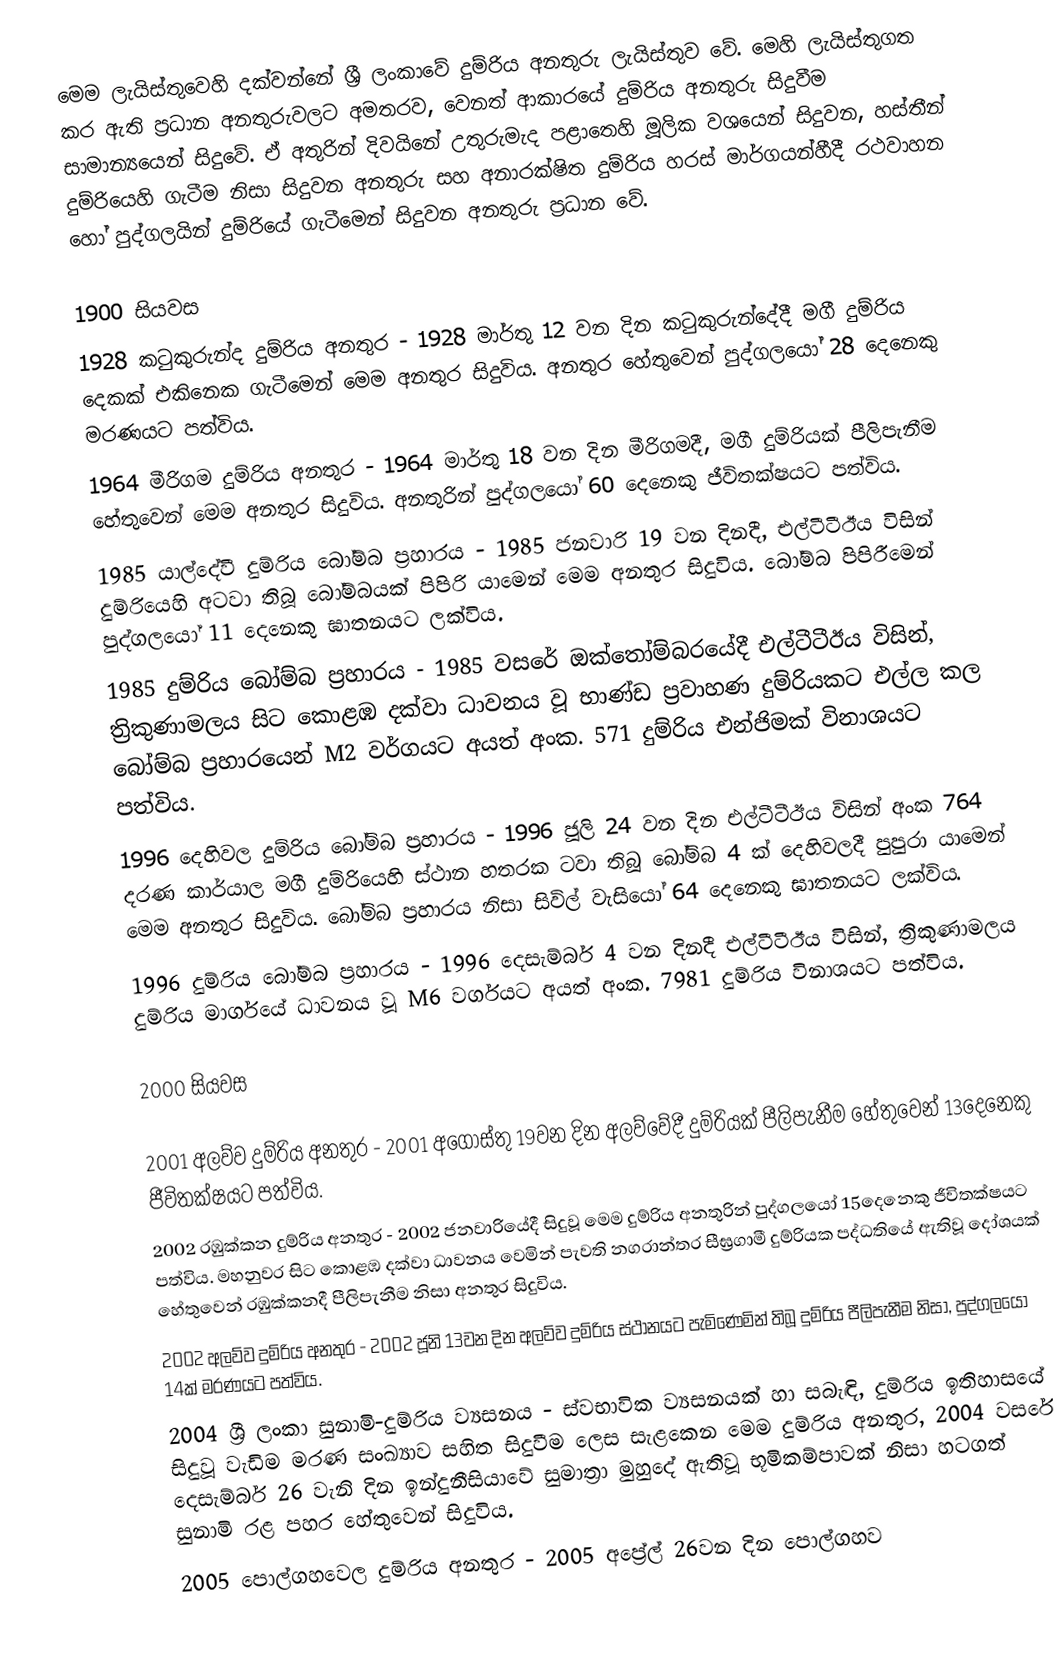
මෙම ලැයිස්තුවෙහි දක්වන්නේ ශ්‍රී ලංකාවේ දුම්රිය අනතුරු ලැයිස්තුව වේ. මෙහි ලැයිස්තුගත කර ඇති ප්‍රධාන අනතුරුවලට අමතරව, වෙනත් ආකාරයේ දුම්රිය අනතුරු සිදුවීම සාමාන්‍යයෙන් සිදුවේ. ඒ අතුරින් දිවයිනේ උතුරුමැද පළාතෙහි මූලික වශයෙන් සිදුවන, හස්තීන් දුම්රියෙහි ගැටීම නිසා සිදුවන අනතුරු සහ අනාරක්ෂිත දුම්රිය හරස් මාර්ගයන්හීදී රථවාහන හෝ පුද්ගලයින් දුම්රියේ ගැටීමෙන් සිදුවන අනතුරු ප්‍රධාන වේ.

1900 සියවස
 1928 කටුකුරුන්ද දුම්රිය අනතුර - 1928 මාර්තු 12 වන දින කටුකුරුන්දේදී මගී දුම්රිය දෙකක් එකිනෙක ගැටීමෙන් මෙම අනතුර සිදුවිය. අනතුර හේතුවෙන් පුද්ගලයෝ 28 දෙනෙකු මරණයට පත්විය.
 1964 මීරිගම දුම්රිය අනතුර - 1964 මාර්තු 18 වන දින මීරිගමදී, මගී දුම්රියක් පීලිපැනීම හේතුවෙන් මෙම අනතුර සිදුවිය. අනතුරින් පුද්ගලයෝ 60 දෙනෙකු ජීවිතක්ෂයට පත්විය.
 1985 යාල්දේවී දුම්රිය බෝම්බ ප්‍රහාරය - 1985 ජනවාරි 19 වන දිනදී, එල්ටීටීඊය විසින් දුම්රියෙහි අටවා තිබූ බෝම්බයක් පිපිරි යාමෙන් මෙම අනතුර සිදුවිය. බෝම්බ පිපිරීමෙන් පුද්ගලයෝ 11 දෙනෙකු ඝාතනයට ලක්විය.
 1985 දුම්රිය බෝම්බ ප්‍රහාරය - 1985 වසරේ ඔක්තෝම්බරයේදී එල්ටීටීඊය විසින්, ත්‍රිකුණාමලය සිට කොළඹ දක්වා ධාවනය වූ භාණ්ඩ ප්‍රවාහණ දුම්රියකට එල්ල කල බෝම්බ ප්‍රහාරයෙන් M2 වර්ගයට අයත් අංක. 571 දුම්රිය එන්ජිමක් විනාශයට පත්විය.
 1996 දෙහිවල දුම්රිය බෝම්බ ප්‍රහාරය - 1996 ජූලි 24 වන දින එල්ටීටීඊය විසින් අංක 764 දරණ කාර්යාල මගී දුම්රියෙහි ස්ථාන හතරක ටවා තිබූ බෝම්බ 4 ක් දෙහිවලදී පුපුරා යාමෙන් මෙම අනතුර සිදුවිය. බෝම්බ ප්‍රහාරය නිසා සිවිල් වැසියෝ 64 දෙනෙකු ඝාතනයට ලක්විය.
 1996 දුම්රිය බෝම්බ ප්‍රහාරය - 1996 දෙසැම්බර් 4 වන දිනදී එල්ටීටීඊය විසින්, ත්‍රිකුණාමලය දුම්රිය මාර්ගයේ ධාවනය වූ M6 වර්ගයට අයත් අංක. 7981 දුම්රිය විනාශයට පත්විය.

2000 සියවස

 2001 අලව්ව දුම්රිය අනතුර - 2001 අගෝස්තු 19වන දින අලව්වේදී දුම්රියක් පීලිපැනීම හේතුවෙන් 13දෙනෙකු ජීවිතක්ෂයට පත්විය.
 2002 රඹුක්කන දුම්රිය අනතුර - 2002 ජනවාරියේදී සිදුවූ මෙම දුම්රිය අනතුරින් පුද්ගලයෝ 15දෙනෙකු ජීවිතක්ෂයට පත්විය. මහනුවර සිට කොළඹ දක්වා ධාවනය වෙමින් පැවති නගරාන්තර සීඝ්‍රගාමී දුම්රියක පද්ධතියේ ඇතිවූ දෝශයක් හේතුවෙන් රඹුක්කනදී පීලිපැනීම නිසා අනතුර සිදුවිය.
 2002 අලව්ව දුම්රිය අනතුර - 2002 ජූනි 13වන දින අලව්ව දුම්රිය ස්ථානයට පැමිණෙමින් තිබූ දුම්රිය පීලිපැනීම නිසා, පුද්ගලයෝ 14ක් මරණයට පත්විය.
2004 ශ්‍රී ලංකා සුනාමි-දුම්රිය ව්‍යසනය - ස්වභාවික ව්‍යසනයක් හා සබැඳි, දුම්රිය ඉතිහාසයේ සිදුවූ වැඩිම මරණ සංඛ්‍යාව සහිත සිදුවීම ලෙස සැළකෙන මෙම දුම්රිය අනතුර, 2004 වසරේ දෙසැම්බර් 26 වැනි දින ඉන්දුනීසියාවේ සුමාත්‍රා මුහුදේ ඇතිවූ භූමිකම්පාවක් නිසා හටගත් සුනාමි රළ පහර හේතුවෙන් සිදුවිය.
2005 පොල්ගහවෙල දුම්රිය අනතුර - 2005 අප්‍රේල් 26වන දින පොල්ගහව